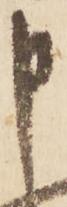
申